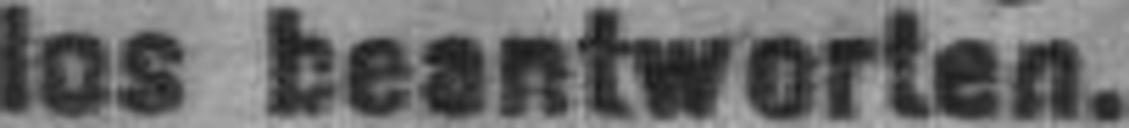
los beantworten.